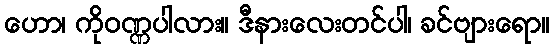
ဟော၊ ကိုဝဏ္ဏပါလား။ ဒီနားလေးတင်ပါ၊ ခင်ဗျားရော။